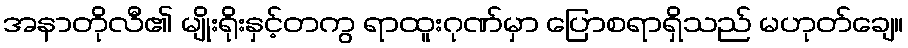
အနာတိုလီ၏ မျိုးရိုးနှင့်တကွ ရာထူးဂုဏ်မှာ ပြောစရာရှိသည် မဟုတ်ချေ။